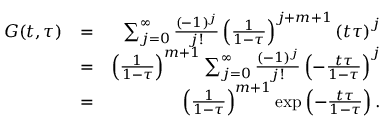
\begin{array} { r l r } { G ( t , \tau ) } & { = } & { \sum _ { j = 0 } ^ { \infty } \frac { ( - 1 ) ^ { j } } { j ! } \left( \frac { 1 } { 1 - \tau } \right) ^ { j + m + 1 } \left( t \tau \right) ^ { j } } \\ & { = } & { \left( \frac { 1 } { 1 - \tau } \right) ^ { m + 1 } \sum _ { j = 0 } ^ { \infty } \frac { ( - 1 ) ^ { j } } { j ! } \left( - \frac { t \tau } { 1 - \tau } \right) ^ { j } } \\ & { = } & { \left( \frac { 1 } { 1 - \tau } \right) ^ { m + 1 } \exp \left( - \frac { t \tau } { 1 - \tau } \right) . } \end{array}